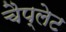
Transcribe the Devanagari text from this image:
चैप्लेट